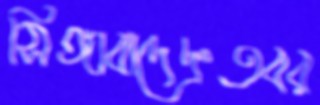
সিঙ্গাবাদেদ্রুতবর